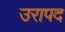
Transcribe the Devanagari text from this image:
उरापद